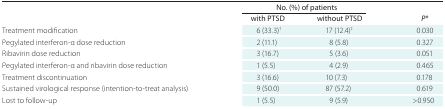
|  | <COLSPAN=2> No. (%) of patients |  |
 |  | with PTSD | without PTSD | P* |
 | --- | --- | --- | --- |
 | Treatment modification | 6 (33.3)† | 17 (12.4)‡ | 0.030 |
 | Pegylated interferon-α dose reduction | 2 (11.1) | 8 (5.8) | 0.327 |
 | Ribavirin dose reduction | 3 (16.7) | 5 (3.6) | 0.051 |
 | Pegylated interferon-α and ribavirin dose reduction | 1 (5.5) | 4 (2.9) | 0.465 |
 | Treatment discontinuation | 3 (16.6) | 10 (7.3) | 0.178 |
 | Sustained virological response (intention-to-treat analysis) | 9 (50.0) | 87 (57.2) | 0.619 |
 | Lost to follow-up | 1 (5.5) | 9 (5.9) | >0.950 |